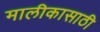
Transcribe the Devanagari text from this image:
मालीकासाठी